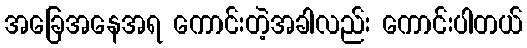
အခြေအနေအရ ကောင်းတဲ့အခါလည်း ကောင်းပါတယ်